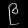
Digit: ၉